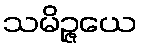
သမိဉ္ဇယေ